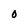
Character: O